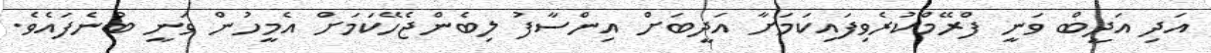
އަދި އަދީބް ވަނީ ފްރޭމްކުރެވިފައިކަމަށާ އަދީބަށް އިންސާފު ލިބެންޖެހޭކަމަށް އެމީހުން ވަނީ ބުނެފައެވެ.